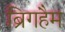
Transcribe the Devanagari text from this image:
ब्रिगहैम